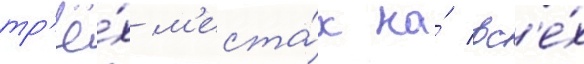
тр'ё́х м'еста́х на́ вс'е́х